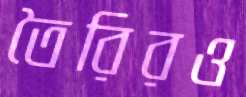
তৈরিরও